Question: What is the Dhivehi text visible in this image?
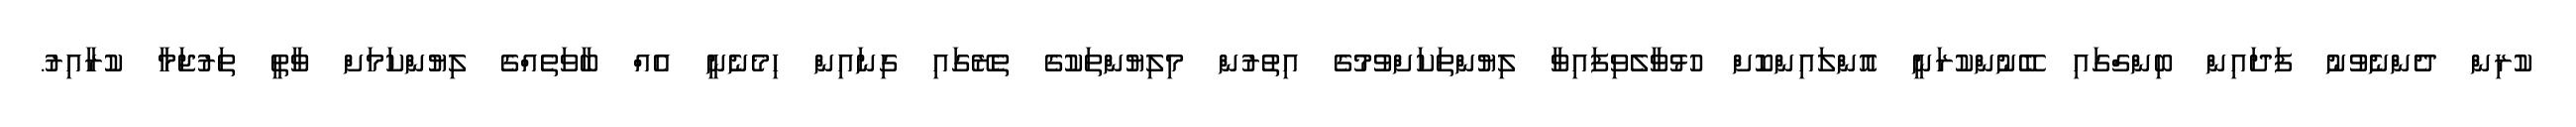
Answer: ކުރިން ދެންނެވުނު ފަދައިން ބިންގްގައި ބޭނުންކުރަނީ އޮންލައިންކޮށް ހުޅުވާލެވިފައިވާ ލިޔުންތަކަށްވުމުގެ އިތުރުން މިލިޔުންތަކުގެ ތެރޭގައި ގިނައިން ހިމެނެނީ އެއް ބާވަތެއްގެ ލިޔުންކަމަށް ވާތީ ތަރުޖަމާ ކުރާއިރު.